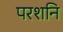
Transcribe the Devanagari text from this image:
परशनि